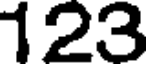
123